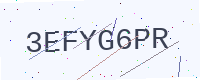
Text: 3EFYG6PR